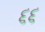
૬૬